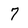
Character: 7